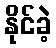
နိုင်ခဲ့